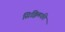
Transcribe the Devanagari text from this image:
सिक्किमकी